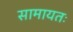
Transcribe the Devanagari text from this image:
सामायतः